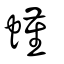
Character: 螼